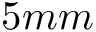
5 m m